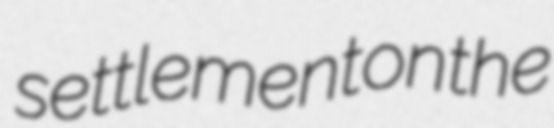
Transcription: settlement on the